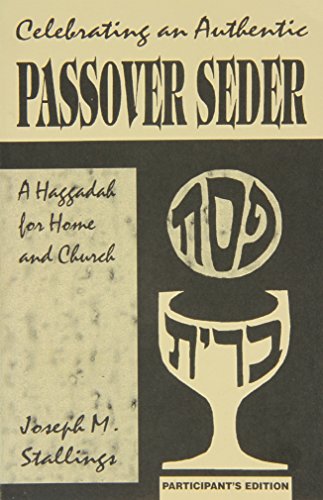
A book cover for Celebrating an Authentic Passover; Joseph Stallings; Religion & Spirituality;